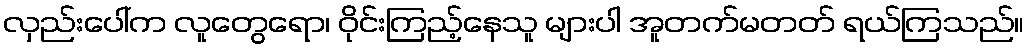
လှည်းပေါ်က လူတွေရော၊ ဝိုင်းကြည့်နေသူ များပါ အူတက်မတတ် ရယ်ကြသည်။